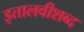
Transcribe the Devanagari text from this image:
इतालवीशब्द